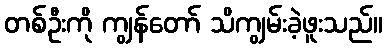
တစ်ဦးကို ကျွန်တော် သိကျွမ်းခဲ့ဖူးသည်။